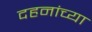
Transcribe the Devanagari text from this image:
दहनांच्या